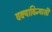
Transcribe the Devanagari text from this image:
वक्याविन्यासी